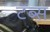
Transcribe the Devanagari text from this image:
टॅब्स